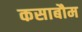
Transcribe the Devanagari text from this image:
कसाबौम